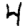
Digit: 4